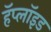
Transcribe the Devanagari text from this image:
हॅप्लॉइड